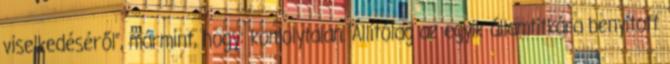
viselke­dé­séről”, már­mint, hogy: komolytalan. Állítólag az egyik államtitkára benyitott